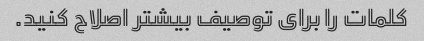
کلمات را برای توصیف بیشتر اصلاح کنید.